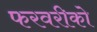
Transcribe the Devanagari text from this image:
फरवरीको